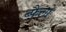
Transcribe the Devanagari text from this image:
ब्फैलो